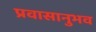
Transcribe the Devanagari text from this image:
प्रवासानुभव